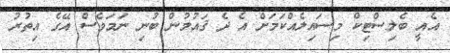
އެއީ ބެލިސްޓިކް މިސައިލެއްކަމަށް އެ ދެ ޤައުމުން ބުނި ނަމަވެސް އޭގެ އިތުރު